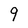
Character: 9